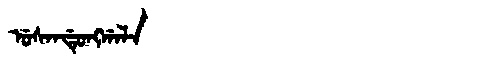
Manchu: ᡠᠰᠠᠨᡩᡠᠩᡤᠠᠯᠠ
Romanization: USANDUNGGALA